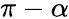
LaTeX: \pi-\alpha